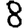
Digit: 8